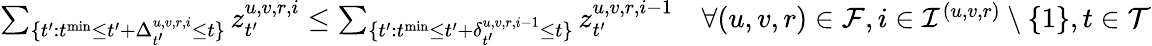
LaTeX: \begin{array}{r}{\sum_{\{ t^{\prime}:t^{\mathrm{min}}\leq t^{\prime}+\Delta_{t^{\prime}}^{u,v,r,i}\leq t\} }z_{t^{\prime}}^{u,v,r,i}\leq\sum_{\{ t^{\prime}:t^{\mathrm{min}}\leq t^{\prime}+\delta_{t^{\prime}}^{u,v,r,i-1}\leq t\} }z_{t^{\prime}}^{u,v,r,i-1}\quad\forall(u,v,r)\in\mathcal{F},i\in\mathcal{I}^{(u,v,r)}\setminus\{ 1\} ,t\in\mathcal{T}}\end{array}